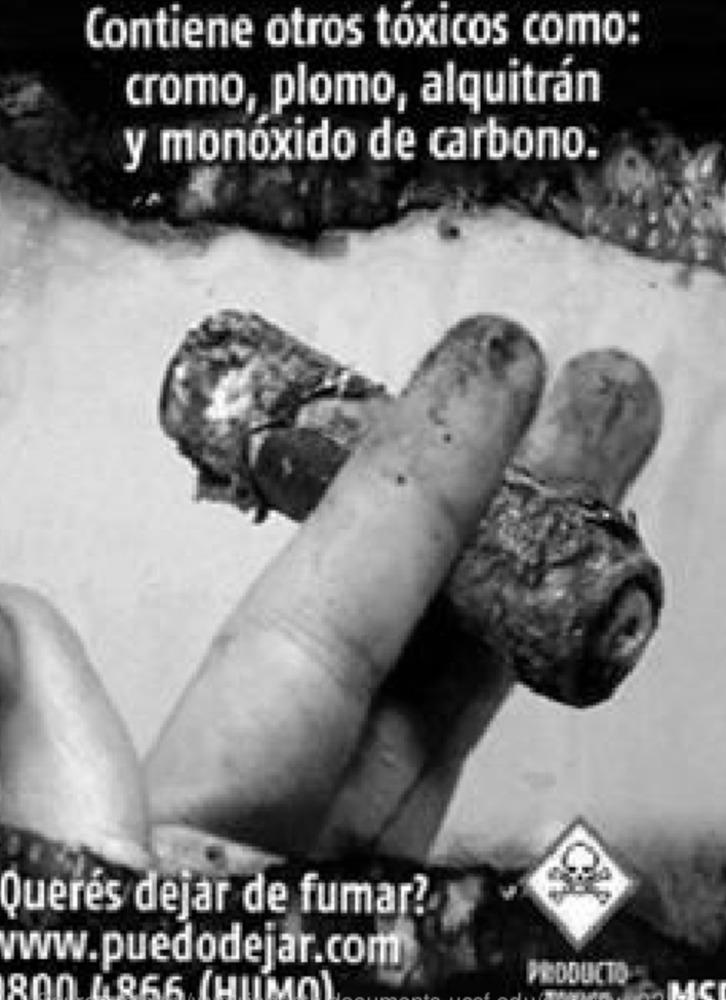
Contiene otros toxicos como;
cromo, plomo, alquitrán
y monóxido de carbono.
Querés dejar de fumar?
www.puedodejar.com
PEDDUCTO
800 LR66 (HUMO)